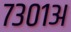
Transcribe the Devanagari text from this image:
७३०१अ